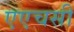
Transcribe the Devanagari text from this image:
एएचसी